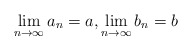
\begin{align*}\lim_{n\to\infty}a_n=a,\lim_{n\to\infty}b_n=b\end{align*}